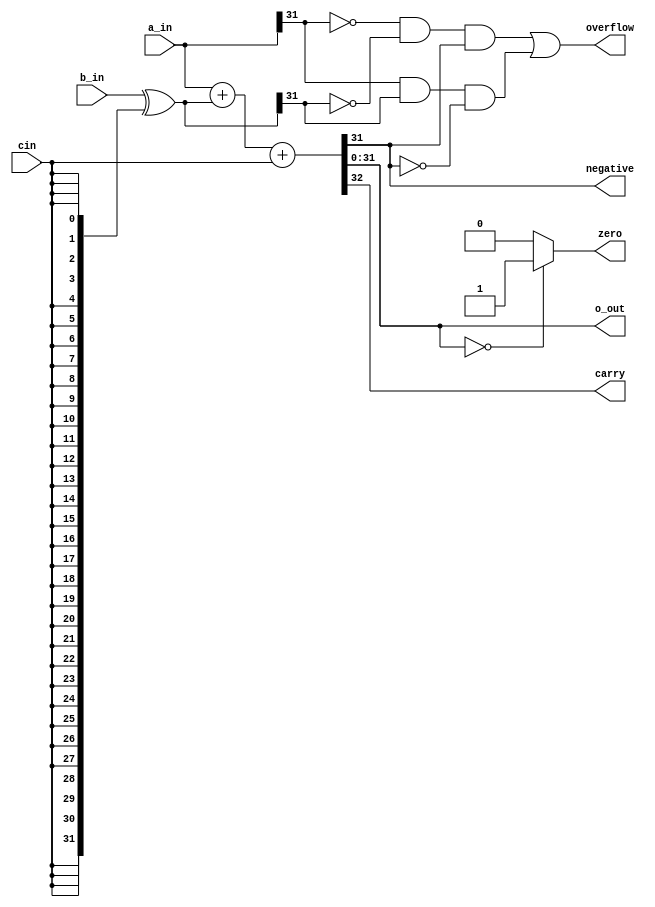
`timescale 1ns / 1ps
//////////////////////////////////////////////////////////////////////////////////
// Company: 
// Engineer: 
// 
// Design Name: 
// Module Name: adder
// Project Name: 
// Target Devices: 
// Tool Versions: 
// Description: 
// 
// Dependencies: 
// 
// Revision:
// Revision 0.01 - File Created
// Additional Comments:
// 
//////////////////////////////////////////////////////////////////////////////////


module adder(
    input cin,
    input [31:0] a_in,b_in,
    output zero,carry,overflow,negative,
    output [31:0] o_out
    );
    
    wire [31:0] b_in_not;
    assign b_in_not = b_in ^ {32{cin}};//
    assign {carry,o_out} = a_in + b_in_not  + cin;
    assign zero = (o_out == 0)?1:0;
    assign overflow = (!a_in[31] & !b_in_not[31] & o_out[31]) | (a_in[31] & b_in_not[31] & !o_out[31]);
    assign negative = o_out[31];
endmodule